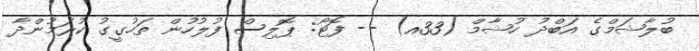
ބުލާޝަމްގެ އަބްދު ހުޝާމް (33އ) -- ފޮޓޯ: ޕޮލިސް ފުލުހުން ތަހުގީގު ކުރަމުންދާ